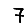
Digit: 7